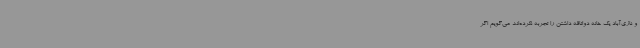
و نازی‌آباد یک خانه دواتاقه داشتن را تجربه نکرده‌اند می‌گویم اگر